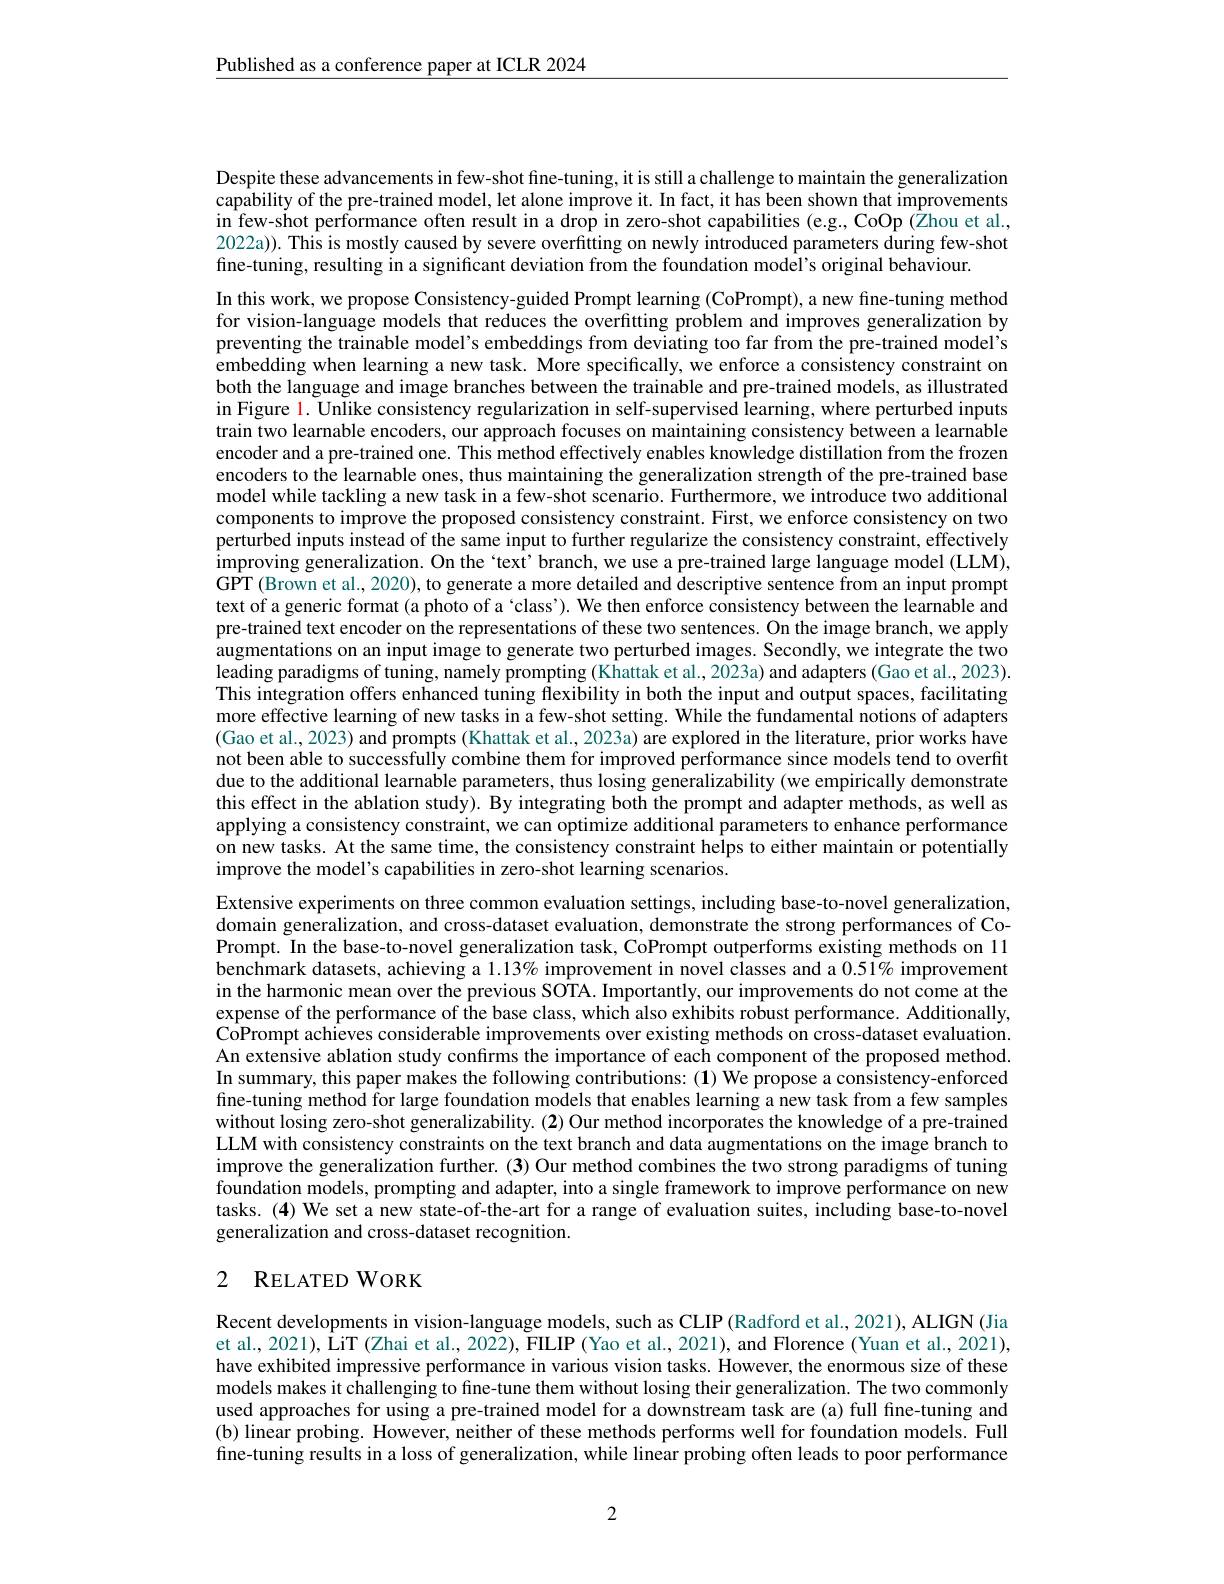
$\underline{\text{Published as a conference paper at ICLR 2024}}$

Despite these advancements in few-shot fine-tuning, it is still a challenge to maintain the generalization capability of the pre-trained model, let alone improve it. In fact, it has been shown that improvements $\begin{array}{c}\mathrm{in~few-shot~performance~often~result~in~a~drop~in~zero-shot~capabilities~(e.g.,~CoOp~(\bar{Z}hou~et~al.,}\end{array}$ 2022a)). This is mostly caused by severe overfitting on newly introduced parameters during few-shot fine-tuning, resulting in a significant deviation from the foundation model's original behaviour.

In this work, we propose Consistency-guided Prompt learning (CoPrompt), a new fine-tuning method for vision-language models that reduces the overfitting problem and improves generalization by preventing the trainable model's embeddings from deviating too far from the pre-trained model's embedding when learning a new task. More specifically, we enforce a consistency constraint on both the language and image branches between the trainable and pre-trained models, as illustrated in Figure 1. Unlike consistency regularization in self-supervised learning, where perturbed inputs train two learnable encoders, our approach focuses on maintaining consistency between a learnable encoder and a pre-trained one. This method effectively enables knowledge distillation from the frozen encoders to the learnable ones, thus maintaining the generalization strength of the pre-trained base model while tackling a new task in a few-shot scenario. Furthermore, we introduce two additional components to improve the proposed consistency constraint. First, we enforce consistency on two perturbed inputs instead of the same input to further regularize the consistency constraint, effectively improving generalization. On the`text' branch, we use a pre-trained large language model (LLM), $\hat{\mathrm{GPT}}(\tilde{\text{Brown et al., 2020), to generate a more detailed and descriptive sentence from an input promptis }}$ text of a generic format (a photo of a ‘class’). We then enforce consistency between the learnable and pre-trained text encoder on the representations of these two sentences. On the image branch, we apply $\hat{\text{augmentations on an input image to generate two perturbed images. Secondly, we integrate the two}}$ leading paradigms of tuning, namely prompting (Khattak et al., 2023a) and adapters (Gao et al., 2023). This integration offers enhanced tuning flexibility in both the input and output spaces, facilitating more effective learning of new tasks in a few-shot setting. While the fundamental notions of adapters (Gao et al., 2023) and prompts (Khattak et al., 2023a) are explored in the literature, prior works have not been able to successfully combine them for improved performance since models tend to overfit due to the additional learnable parameters, thus losing generalizability (we empirically demonstrate this effect in the ablation study). By integrating both the prompt and adapter methods, as well as applying a consistency constraint, we can optimize additional parameters to enhance performance on new tasks. At the same time, the consistency constraint helps to either maintain or potentially improve the model's capabilities in zero-shot learning scenarios.
Extensive experiments on three common evaluation settings, including base-to-novel generalization, domain generalization, and cross-dataset evaluation, demonstrate the strong performances of CoPrompt. In the base-to-novel generalization task, CoPrompt outperforms existing methods on 11 benchmark datasets, achieving a $1.13\%$ improvement in novel classes and a $0.51\%$ improvement in the harmonic mean over the previous SOTA. Importantly, our improvements do not come at the expense of the performance of the base class, which also exhibits robust performance. Additionally, CoPrompt achieves considerable improvements over existing methods on cross-dataset evaluation. An extensive ablation study confırms the importance of each component of the proposed method. In summary, this paper makes the following contributions: (1) We propose a consistency-enforced fine-tuning method for large foundation models that enables learning a new task from a few samples without losing zero-shot generalizability. (2) Our method incorporates the knowledge of a pre-trained LLM with consistency constraints on the text branch and data augmentations on the image branch to improve the generalization further. (3) Our method combines the two strong paradigms of tuning foundation models, prompting and adapter, into a single framework to improve performance on new tasks. (4) We set a new state-of-the-art for a range of evaluation suites, including base-to-novel generalization and cross-dataset recognition.

## 2 RELATED WORK

Recent developments in vision-language models, such as CLIP(Radford et al., 2021), ALIGN (Jia et al., 2021), LiT (Zhai et al., 2022), FILIP (Yao et al., 2021), and Florence (Yuan et al., 2021), have exhibited impressive performance in various vision tasks. However, the enormous size of these models makes it challenging to fine-tune them without losing their generalization. The two commonly used approaches for using a pre-trained model for a downstream task are(a) full fine-tuning and (b) linear probing. However, neither of these methods performs well for foundation models. Full fine-tuning results in a loss of generalization, while linear probing often leads to poor performance

2